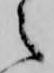
之